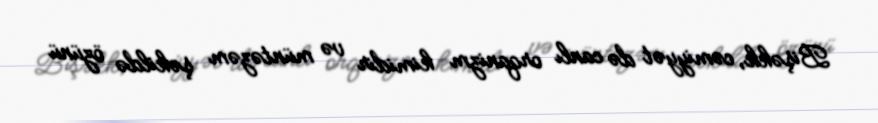
Bişəkk, cəmiyyət də canlı orqanizm kimidir və müntəzəm şəkildə özünü